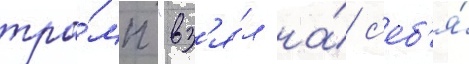
тра́мп "вз'я́л на́ с'еб'я́